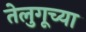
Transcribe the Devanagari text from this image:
तेलुगूच्या